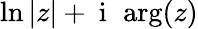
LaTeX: \ln|z|+\mathrm{~i~}\, \arg(z)